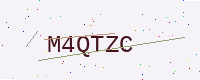
Text: M4QTZC